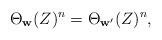
LaTeX: \begin{align*}\Theta_\mathbf{w}(Z)^n=\Theta_{\mathbf{w}'}(Z)^n,\end{align*}